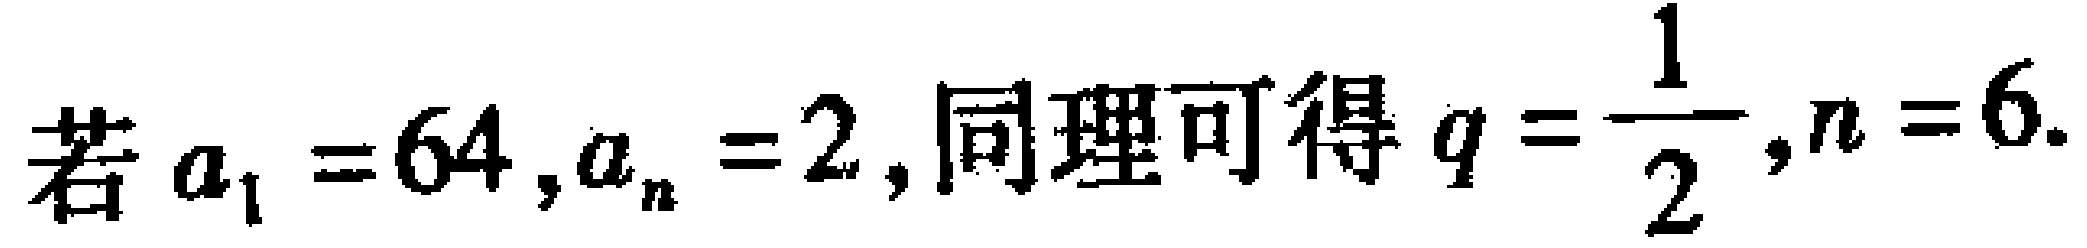
若\(a_{1}=64,a_{n}=2\),同理可得\(q = \dfrac{1}{2},n = 6\).